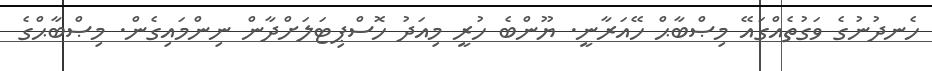
ހެނދުނުގެ ވަގުތެއްގައޭ މިޞްބާޙް ހޭއަރާނީ. ޔޫންބެ ހުރީ މިއަދު ހޮސްޕިޓަލަށްދާން ނިންމައިގެން. މިޞްބާޙްގެ